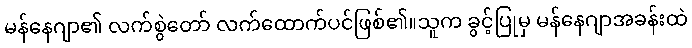
မန်နေဂျာ၏ လက်စွဲတော် လက်ထောက်ပင်ဖြစ်၏။သူက ခွင့်ပြုမှ မန်နေဂျာအခန်းထဲ